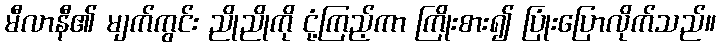
မီလာနီ၏ မျက်ကွင်း ညိုညိုကို ငုံ့ကြည့်ကာ ကြိုးစား၍ ပြုံးပြောလိုက်သည်။